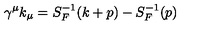
\gamma ^ { \mu } k _ { \mu } = S _ { F } ^ { - 1 } ( k + p ) - S _ { F } ^ { - 1 } ( p )